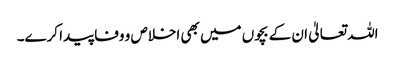
اللہ تعالیٰ ان کے بچوں میں بھی اخلاص و وفا پیدا کرے۔